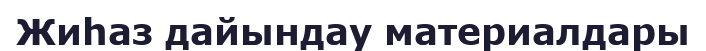
Жиһаз дайындау материалдары